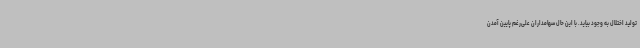
تولید اختلال به وجود بیاید. با این حال سهامداران علی‌رغم پایین آمدن